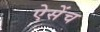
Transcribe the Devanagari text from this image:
ऐसेंच